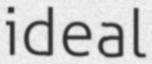
ideal